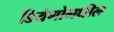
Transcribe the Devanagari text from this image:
डियेगोमधील